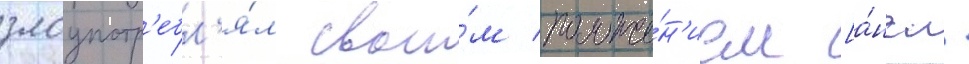
злоупотр'ебл'я́л свои́м положе́н'ием [а́нгл.